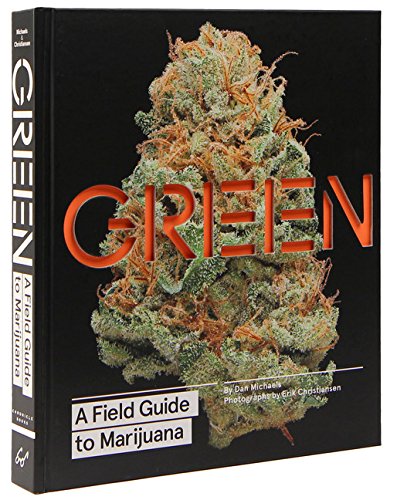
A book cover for Green: A Field Guide to Marijuana; Dan Michaels; Humor & Entertainment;